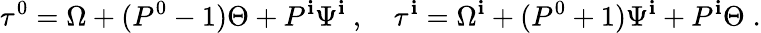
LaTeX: \tau^{0}=\Omega+(P^{0}-1)\Theta+P^{\mathbf{i}}\Psi^{\mathbf{i}}~,\quad\tau^{\mathbf{i}}=\Omega^{\mathbf{i}}+(P^{0}+1)\Psi^{\mathbf{i}}+P^{\mathbf{i}}\Theta\; .